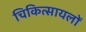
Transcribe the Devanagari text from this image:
चिकित्सायलों